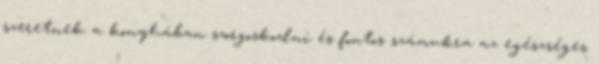
szeretnek a konyhában szorgoskodni és fontos számukra az egészséges